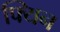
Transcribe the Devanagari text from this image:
फ्यिन